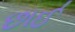
છાઈ